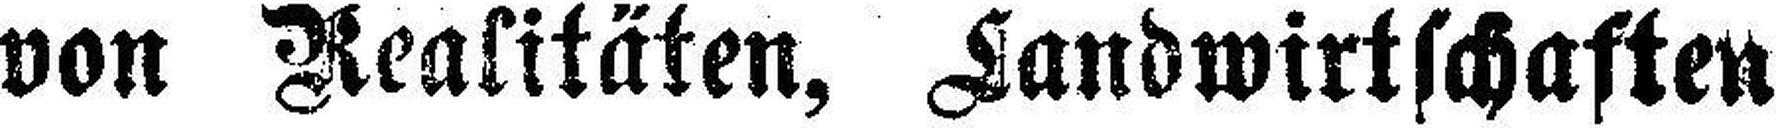
von Realitäten, Landwirtschaften